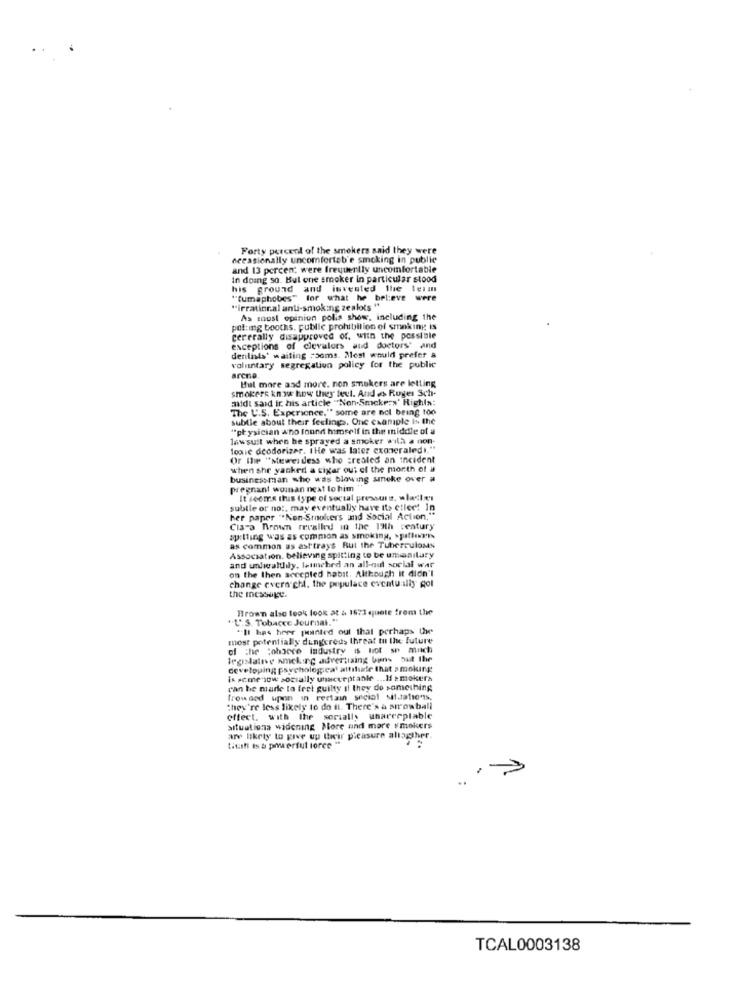
Forty percent of the smokers said they were
occasionally uncomforteb'e smoking in public
and 13 percen: were frequently uncomfortable
in doing so. But one smoker in particular stood
his ground and invented the term
""umaphobes" for what he believe were
"irrational anti-smoking ze alots "
As must opinion polls show, including the
pot:ing booths, public prohibition of smoking is
cererally disapproved of, with the possible
exceptions of clevalors and doctors' and
denlists' waiting rooms. Mest would prefer &
voluntary segregation policy for the public
arcna
Bul more and more. non smokers are letting
smokers know how they feel. And es Ruger Sch-
midt said it his article "Non-Smokers' Rights:
The U.S. Experience." some are not being 100
subtle about their feelings. One example is the
"physician who found himself in the middle of a
lawsuit when he sprayed a smoker with a non-
louie deodorizer. IHe was later exoneraledi."
Or Ile "stewei dess who created an incident
when she yanked a cigar out of the month of #
business man who was blowing smoke over a
pregnant woman next to him
It seems this type of social pressure, wlacie's
subtle or not. may eventually have it> ctieet in
her paper "*Non-Smokers and Social Action,"
Cia-a Brown recalled in the 13th century
ap:lling was as common as smoking, spiller.
as common as asttrays But the Tuberculoms
Association. believing spitting to be unsanitary
and unliealthily. letmehed an all-oul social war
on the then accepted habit. Although it didn't
change evera chi. the populace eventually got
the message.
Brown also look look at & 1673 quote from the
""".S. Tobacce Journal."
"Il hps hrer phunted out that perhaps the
most potentially dungcreus threat tu the future
of the :ohbece industry is boot so much
legislative amcking advertising bins but the
developing psychological attitude that smoking
is seme now socially unacceptable ... 11 > mokers
ran be marle to feel guilty Il they do something
frow ned
upon in certain social salutations,
they're less likely to do it. There's a surowball
effect. with the serially unarceptable
situations widening More and more smokers
are likely to give up their pleasure allagther.
titsfi Is a powerful torce
TCAL0003138